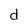
Character: d